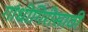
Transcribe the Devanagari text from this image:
गांधीगिरीसाठी